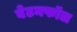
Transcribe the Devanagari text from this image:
वेटनफॉल